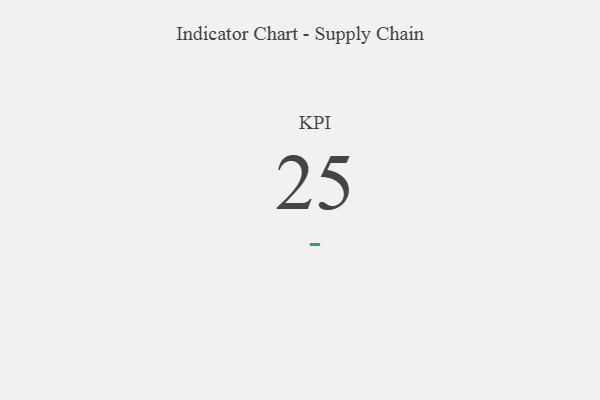
{"axis": {"x": "KPI", "y": "Value"}, "legend": [""], "data": [{"x": "KPI", "y": 25, "type": ""}]}